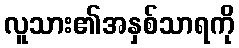
လူသား၏အနှစ်သာရကို